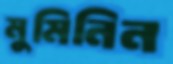
মুমিনিন